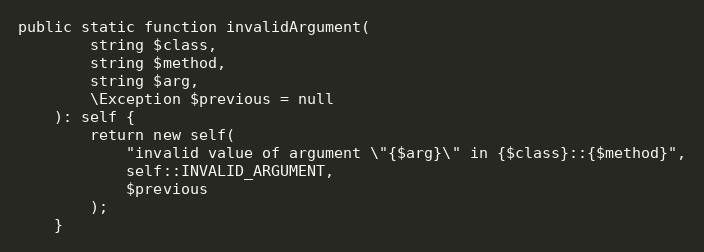
Language: PHP
public static function invalidArgument(
        string $class,
        string $method,
        string $arg,
        \Exception $previous = null
    ): self {
        return new self(
            "invalid value of argument \"{$arg}\" in {$class}::{$method}",
            self::INVALID_ARGUMENT,
            $previous
        );
    }